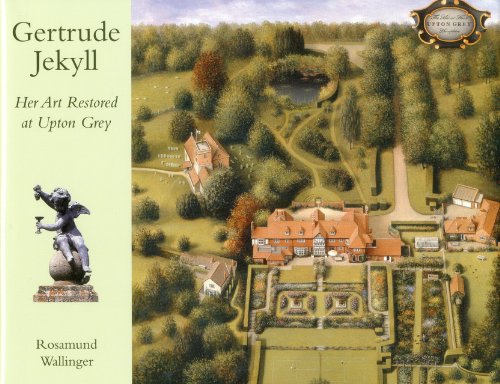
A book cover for Gertrude Jekyll: Her Art Restored at Upton Grey; Rosamund Wallinger; Crafts, Hobbies & Home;